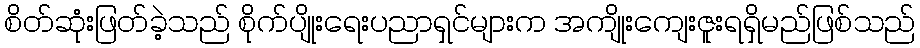
စိတ်ဆုံးဖြတ်ခဲ့သည် စိုက်ပျိုးရေးပညာရှင်များက အကျိုးကျေးဇူးရရှိမည်ဖြစ်သည်